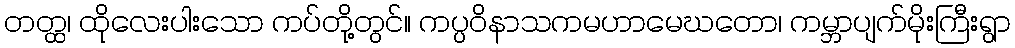
တတ္ထ၊ ထိုလေးပါးသော ကပ်တို့တွင်။ ကပ္ပဝိနာသကမဟာမေဃတော၊ ကမ္ဘာပျက်မိုးကြီးရွာ